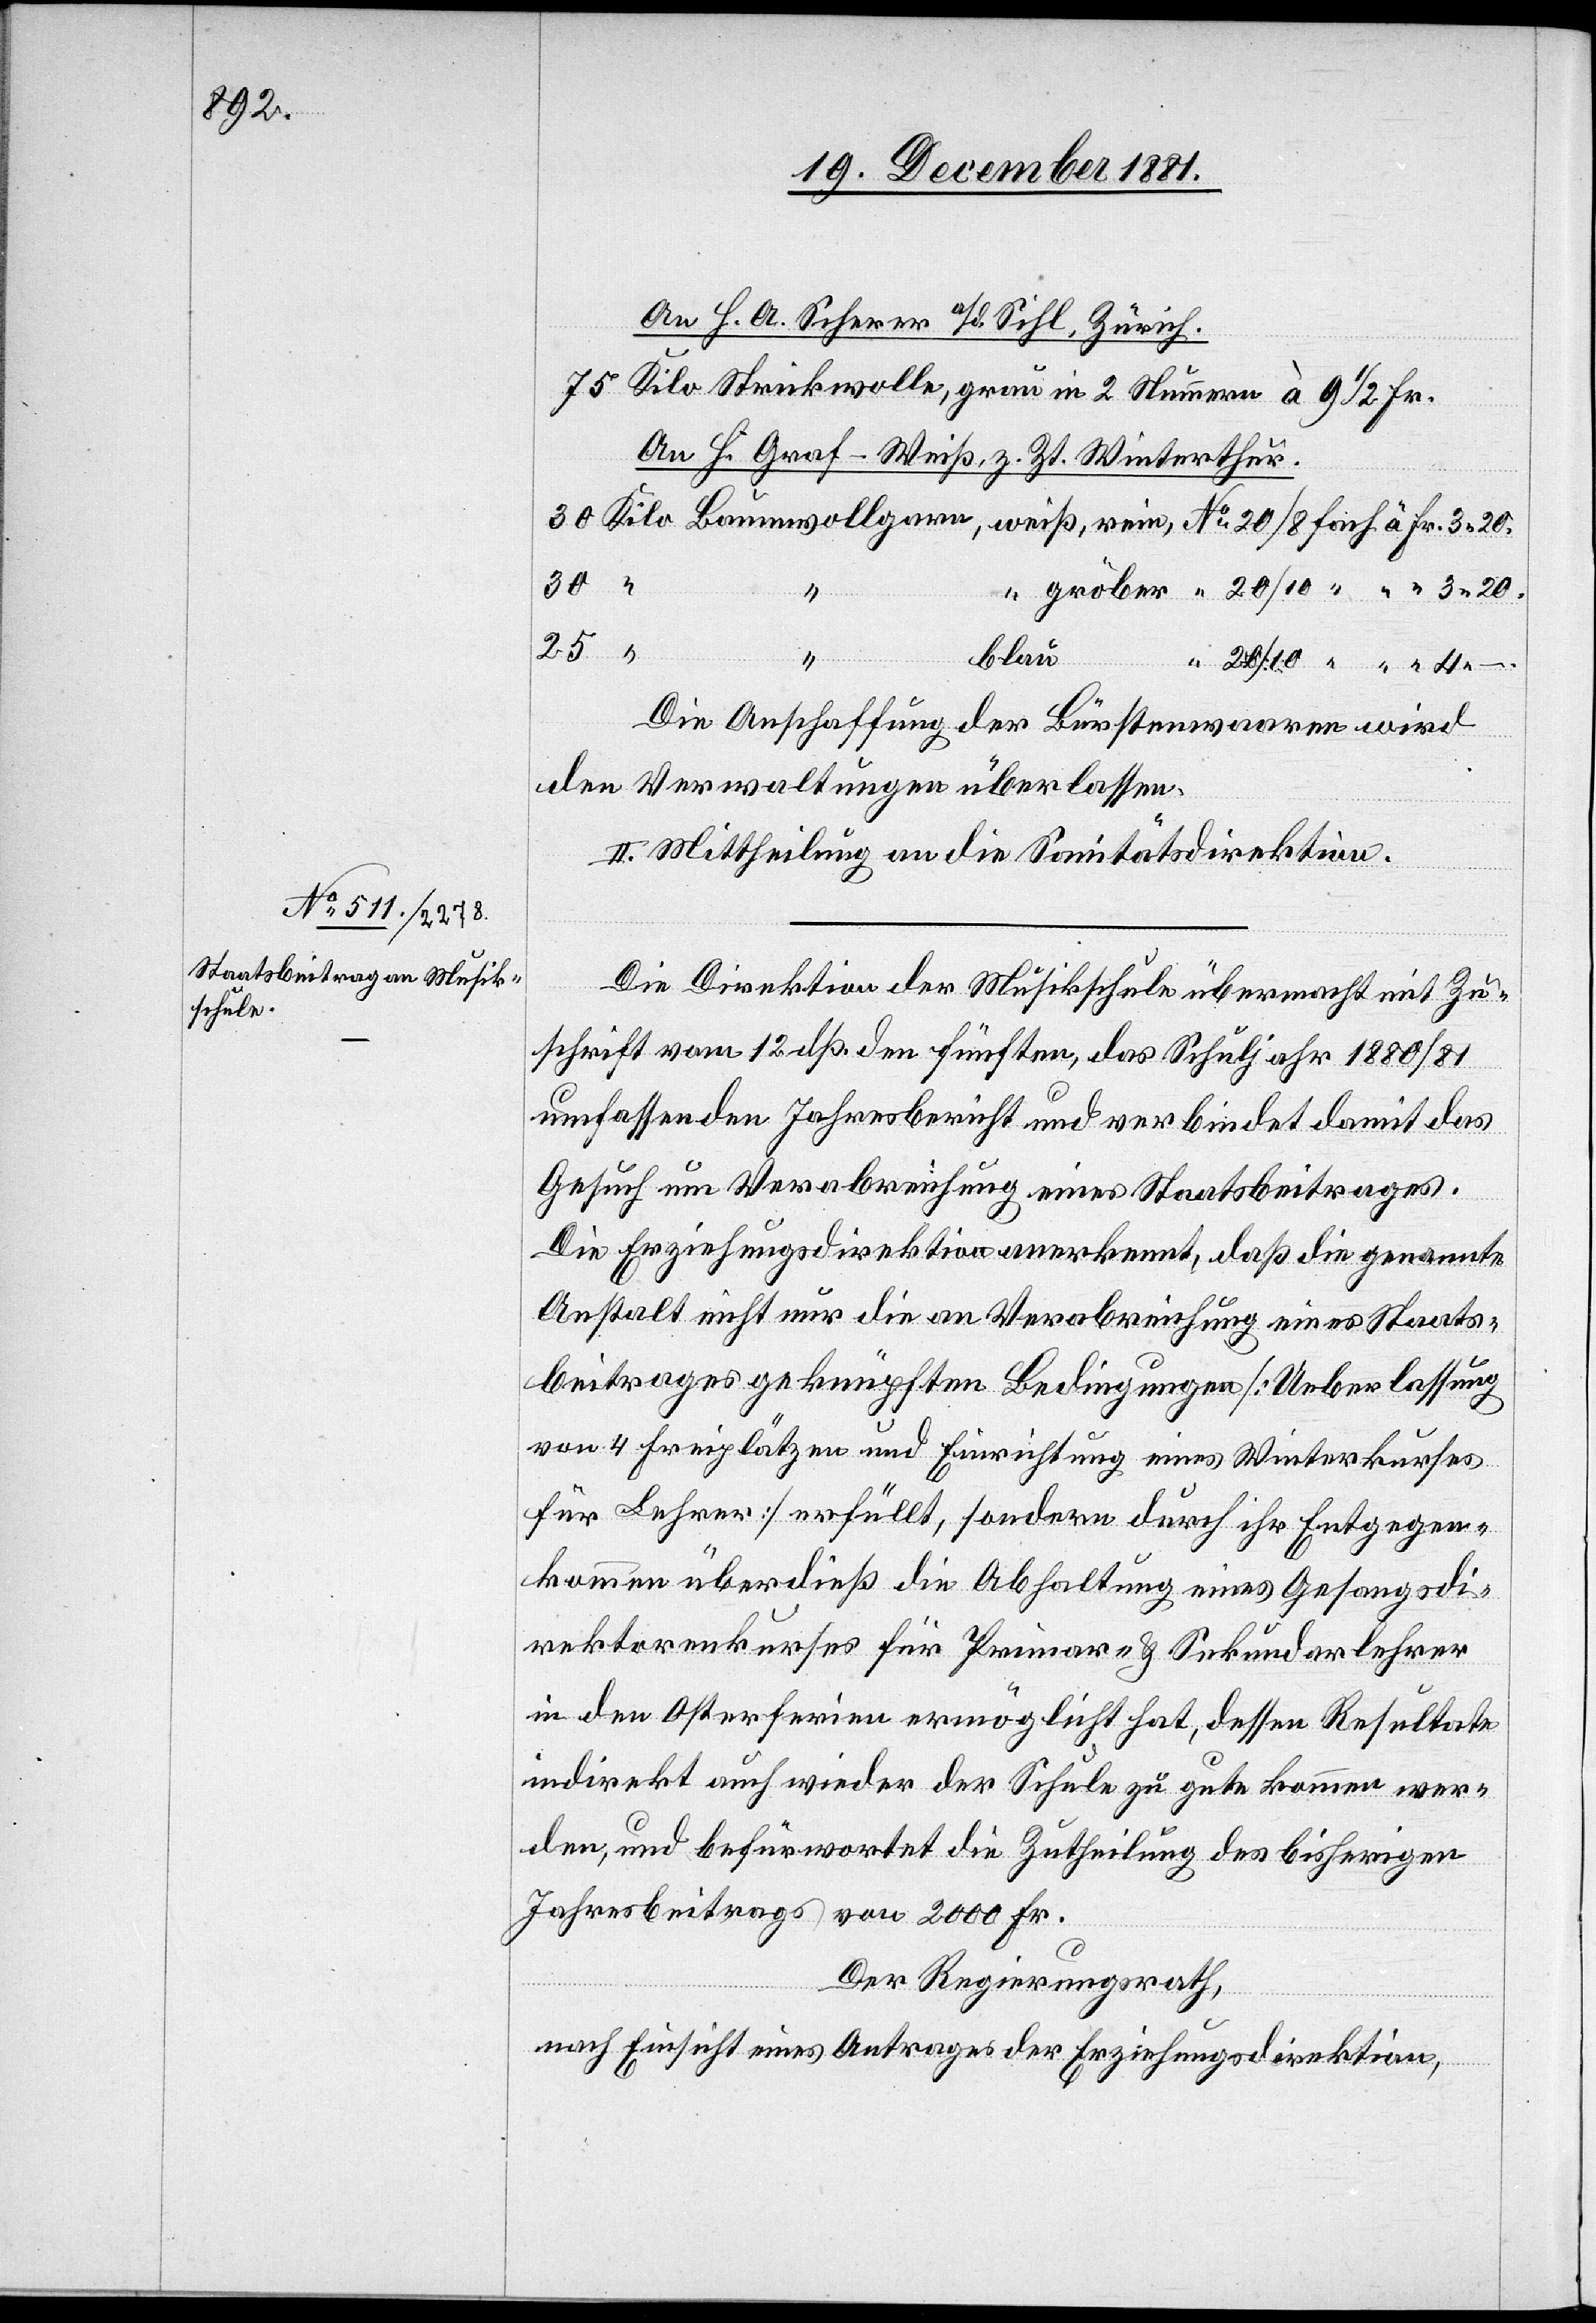
Scherer

75 Kilo Strickwolle, grau in 2 Nummern à 9 1/2 Fr.
An H. Graf-Weiß, z. Zt. Winterthur.
30
, gröber “ 20/10 “ “ “ 3.20.
25
A.
blau
4.–
Die Anschaffung der Bürstenwaaren wird
den Verwaltungen überlassen.
II. Mittheilung an die Sanitätsdirektion.
Die Direktion der Musikschule übermacht mit Zu¬
schrift vom 12. dß. den fünften, das Schuljahr 1880/81
umfassenden Jahresbericht und verbindet damit das
Gesuch um Verabreichung eines Staatsbeitrages.
Die Erziehungsdirektion anerkennt, daß die genannte
Anstalt nicht nur die an Verabreichung eines Staats¬
beitrages geknüpften Bedingungen [Ueberlassung
von 4 Freiplätzen und Einrichtung eines Winterkurses
für Lehrer] erfüllt, sondern durch ihr Entgegen¬
kommen überdieß die Abhaltung eines Gesangsdi¬
rektorenkurses für Primar- & Sekundarlehrer
in den Osterferien ermöglicht hat, dessen Resultate
indirekt auch wieder der Schule zu gute kommen wer¬
den, und befürwortete die Zutheilung des bisherigen
Jahresbeitrages von 2000 Fr.
Der Regierungsrath;
nach Einsicht eines Antrages der Erziehungsdirektion,